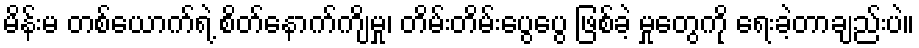
မိန်းမ တစ်ယောက်ရဲ့ စိတ်နောက်ကျိမှု၊ တိမ်းတိမ်းပွေပွေ ဖြစ်ခဲ့ မှုတွေကို ရေးခဲ့တာချည်းပဲ။